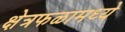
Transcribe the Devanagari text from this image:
क्षेत्रफळामध्ये